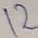
Text: 12